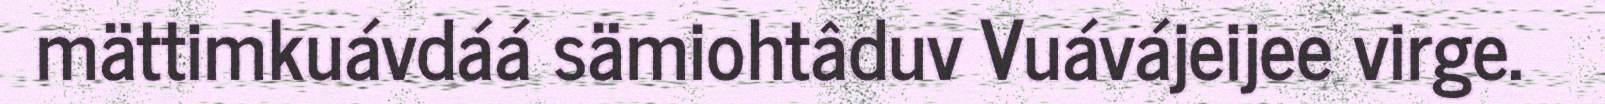
mättimkuávdáá sämiohtâduv Vuávájeijee virge.